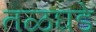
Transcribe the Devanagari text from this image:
तळघडे